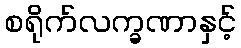
စရိုက်လက္ခဏာနှင့်